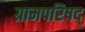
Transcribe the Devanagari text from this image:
ग्रामपरिषद्